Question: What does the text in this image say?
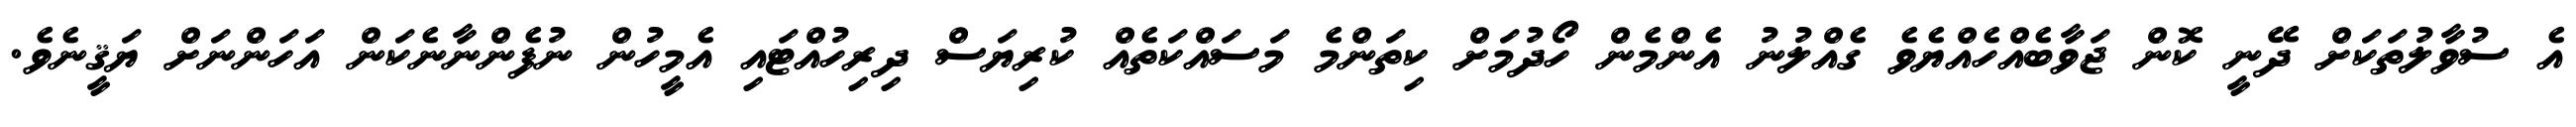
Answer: އެ ސުވާލުތަކަށް ދޭނީ ކޮން ޖަވާބެއްހެއްޔެވެ ގެއްލުނު އެންމެން ހޯދުމަށް ކިތަންމެ މަސައްކަތެއް ކުރިޔަސް ދިރިހުއްޓައި އެމީހުން ނުފެންނާނެކަން އަހަންނަށް ޔަޤީނެވެ.